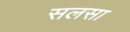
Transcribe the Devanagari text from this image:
सलसा